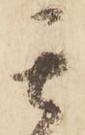
其